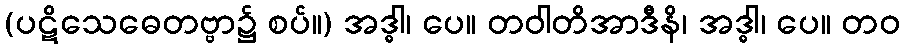
(ပဋိသေဓေတဗ္ဗာ၌ စပ်။) အဒ္ဓါ၊ ပေ။ တဝါတိအာဒီနိ၊ အဒ္ဓါ၊ ပေ။ တဝ